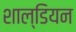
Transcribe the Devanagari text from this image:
शाल्डियन